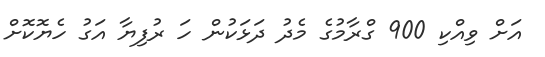
އަށް ވިއްކި 900 ގްރާމުގެ މެދު ދަޅަކުން ހަ ރުފިޔާ އަގު ހެޔޮކޮށް